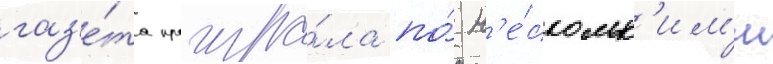
газ'е́та проигра́ла по́ н'е́скольк'им'и